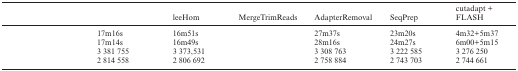
<table><thead><tr><td>[EMPTY_CELL]</td><td>[EMPTY_CELL]</td><td><b>leeHom</b></td><td><b>MergeTrimReads</b></td><td><b>AdapterRemoval</b></td><td><b>SeqPrep</b></td><td><b>cutadapt + FLASH</b></td></tr></thead><tbody><tr><td>[EMPTY_CELL]</td><td>17m16s</td><td>16m51s</td><td>[EMPTY_CELL]</td><td>27m37s</td><td>23m20s</td><td>4m32+5m37</td></tr><tr><td>[EMPTY_CELL]</td><td>17m14s</td><td>16m49s</td><td>[EMPTY_CELL]</td><td>28m16s</td><td>24m27s</td><td>6m00+5m15</td></tr><tr><td>[EMPTY_CELL]</td><td>3 381 755</td><td>3 373,531</td><td>[EMPTY_CELL]</td><td>3 308 763</td><td>3 222 585</td><td>3 276 250</td></tr><tr><td>[EMPTY_CELL]</td><td>2 814 558</td><td>2 806 692</td><td>[EMPTY_CELL]</td><td>2 758 884</td><td>2 743 703</td><td>2 744 661</td></tr></tbody></table>